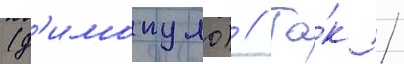
(д'имопуло) // Та́к /